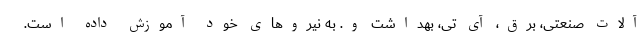
آلات صنعتی، برق، آی تی، بهداشت و. به نیرو‌های خود آموزش داده است.